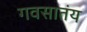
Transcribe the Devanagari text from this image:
गवसातंय